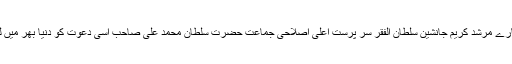
اصلاحی جماعت یہی دعوت وپیغام لے کر آئی ہے- ہمارے مرشد کریم جانشین سلطان الفقر سر پرست اعلیٰ اصلاحی جماعت حضرت سلطان محمد علی صاحب اسی دعوت کو دنیا بھر میں لے کر جاتے ہیں- رحمت اللعالمین کا کلمہ پڑھنے والو!